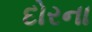
દોરના